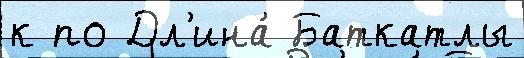
к по Дл'ина́ Баткатлы